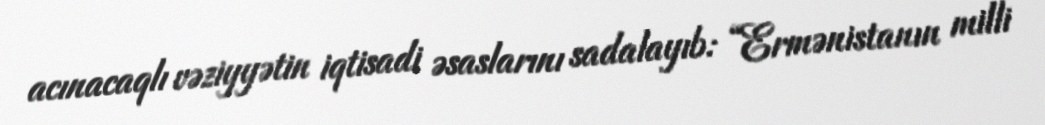
acınacaqlı vəziyyətin iqtisadi əsaslarını sadalayıb: “Ermənistanın milli